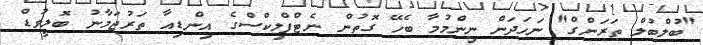
"ބުލްބުލް ތަރަންގް" ނަހަދަން ނިންމުމާ ބެހޭ ގޮތުން ނެޓްފްލިކްސްގެ އިންޑިއާ ތަރުޖަމާނު ބޮލީވުޑް